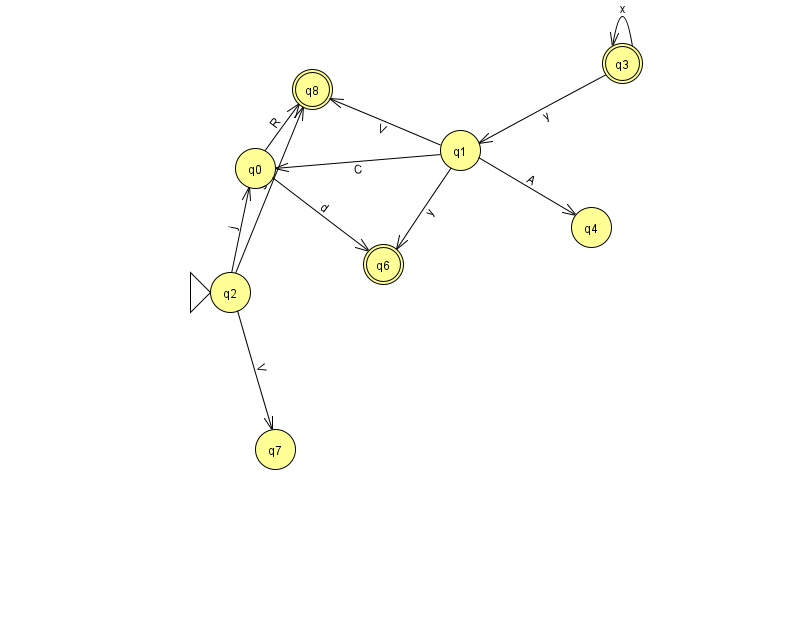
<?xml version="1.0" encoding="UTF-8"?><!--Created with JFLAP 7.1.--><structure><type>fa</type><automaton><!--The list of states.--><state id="0" name="q0"><x>255.0</x><y>155.0</y></state><state id="1" name="q1"><x>460.0</x><y>137.0</y></state><state id="2" name="q2"><x>230.0</x><y>279.0</y><initial/></state><state id="3" name="q3"><x>622.0</x><y>50.0</y><final/></state><state id="4" name="q4"><x>591.0</x><y>214.0</y></state><state id="6" name="q6"><x>383.0</x><y>251.0</y><final/></state><state id="7" name="q7"><x>275.0</x><y>436.0</y></state><state id="8" name="q8"><x>312.0</x><y>76.0</y><final/></state><!--The list of transitions.--><transition><from>2</from><to>0</to><read>j</read></transition><transition><from>1</from><to>6</to><read>y</read></transition><transition><from>0</from><to>6</to><read>d</read></transition><transition><from>1</from><to>4</to><read>A</read></transition><transition><from>2</from><to>8</to><read>s</read></transition><transition><from>1</from><to>8</to><read>V</read></transition><transition><from>3</from><to>3</to><read>x</read></transition><transition><from>2</from><to>7</to><read>V</read></transition><transition><from>3</from><to>1</to><read>y</read></transition><transition><from>0</from><to>8</to><read>R</read></transition><transition><from>1</from><to>0</to><read>C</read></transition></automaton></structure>